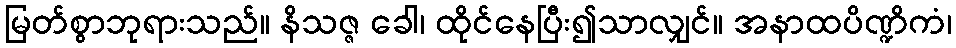
မြတ်စွာဘုရားသည်။ နိသဇ္ဇ ခေါ၊ ထိုင်နေပြီး၍သာလျှင်။ အနာထပိဏ္ဍိကံ၊